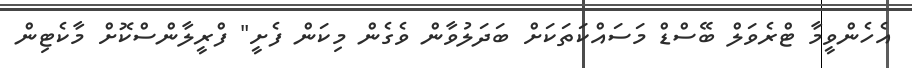
އެހެންވީމާ ޓްރެވަލް ބޭސްޑް މަސައްކަތަކަށް ބަދަލުވާން ވެގެން މިކަން ފެށީ" ފްރީލާންސްކޮށް މާކެޓިން